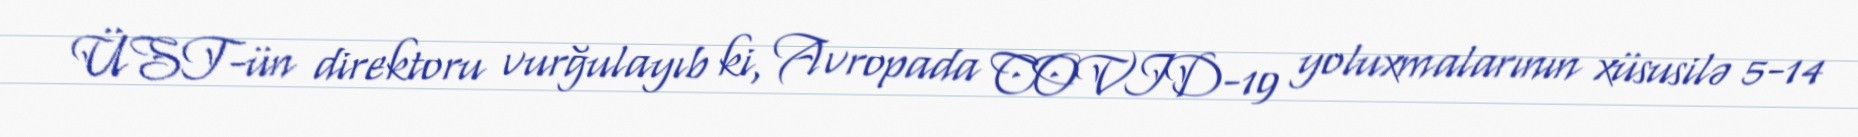
ÜST-ün direktoru vurğulayıb ki, Avropada COVID-19 yoluxmalarının xüsusilə 5-14